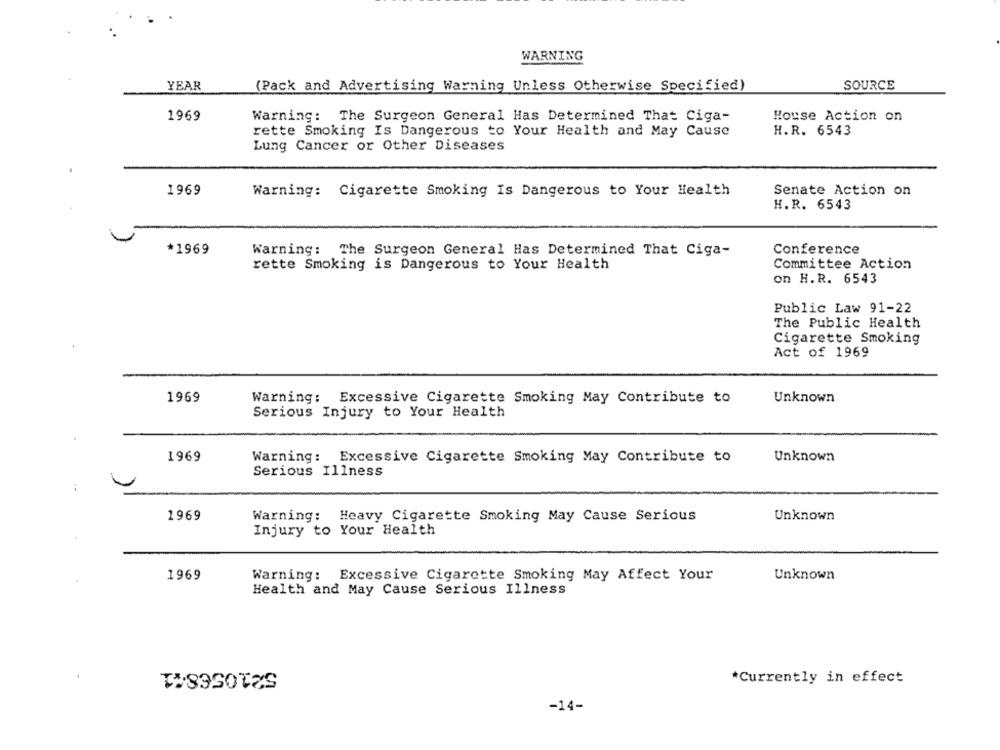
WARNING
YEAR
(Pack and Advertising Warning Unless Otherwise Specified)
SOURCE
1969
Warning: The Surgeon General Has Determined That Ciga-
House Action on
rette Smoking Is Dangerous to Your Health and May Cause
H.R. 6543
Lung Cancer or Other Diseases
1969
Warning: Cigarette Smoking Is Dangerous to Your Health
Senate Action on
H.R. 6543
*1969
Warning: The Surgeon General Has Determined That Ciga-
Conference
rette Smoking is Dangerous to Your Health
Committee Action
on H.R. 6543
Public Law 91-22
The Public Health
Cigarette Smoking
Act of 1969
1969
Unknown
Warning: Excessive Cigarette Smoking May Contribute to
Serious Injury to Your Health
1969
Unknown
Warning: Excessive Cigarette Smoking May Contribute to
Serious Illness
1969
Warning: Heavy Cigarette Smoking May Cause Serious
Unknown
Injury to Your Health
1969
Warning: Excessive Cigarette Smoking May Affect Your
Unknown
Health and May Cause Serious Illness
521056841
*Currently in effect
-14-